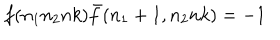
f ( n _ { 1 } n _ { 2 } n k ) { \bar { f } } ( n _ { 1 } + 1 , n _ { 2 } n k ) = - 1